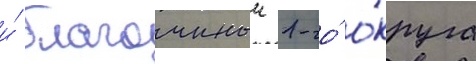
и́ благочинныи 1-го́ о́круга